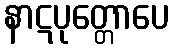
နာဋပုတ္တောပေ